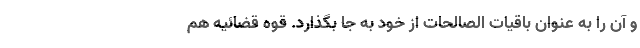
و آن را به عنوان باقیات الصالحات از خود به جا بگذارد. قوه قضائیه هم